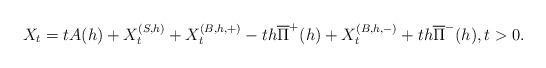
LaTeX: \begin{align*} X_t=tA(h)+X_t^{(S,h)}+X_t^{(B,h,+)}-th\overline{\Pi}^+(h)+ X_t^{(B,h,-)}+th\overline{\Pi}^-(h), t>0.\end{align*}